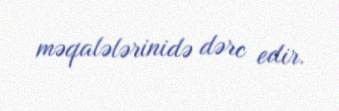
məqalələrinidə dərc edir.